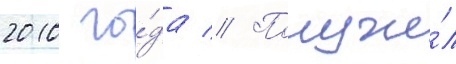
2010 го́да // Получи́л